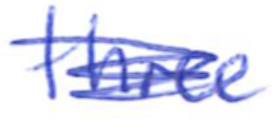
Text: three
Cross-out: scratch
Writing tool: ballpoint